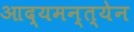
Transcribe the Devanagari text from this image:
आद्यमन्त्येन